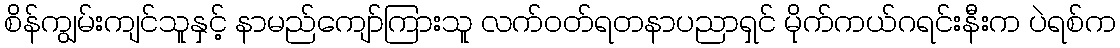
စိန်ကျွမ်းကျင်သူနှင့် နာမည်ကျော်ကြားသူ လက်ဝတ်ရတနာပညာရှင် မိုက်ကယ်ဂရင်းနီးက ပဲရစ်က